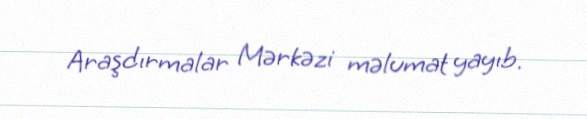
Araşdırmalar Mərkəzi məlumat yayıb.